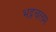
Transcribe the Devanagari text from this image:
भद्रचलम